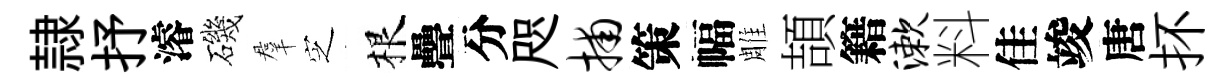
隷抒濬磯羣㝎根疊分咫捕策幅雕頡籍漱料佳竣唐抔